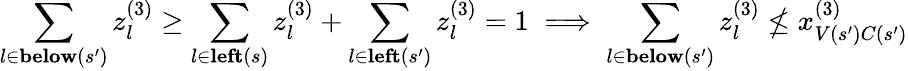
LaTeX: \sum_{l\in\textbf{below}(s^{\prime})}z_{l}^{(3)}\geq\sum_{l\in\textbf{left}(s)}z_{l}^{(3)}+\sum_{l\in\textbf{left}(s^{\prime})}z_{l}^{(3)}=1\implies\sum_{l\in\textbf{below}(s^{\prime})}z_{l}^{(3)}\not\leq x_{V(s^{\prime})C(s^{\prime})}^{(3)}